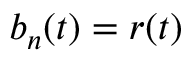
b _ { n } ( t ) = r ( t )